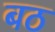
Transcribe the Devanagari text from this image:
बठ